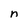
Character: n